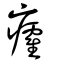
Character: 癨